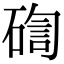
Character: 𥔀